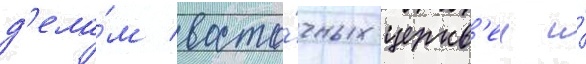
д'ела́м восто́чных церкв'еи и́